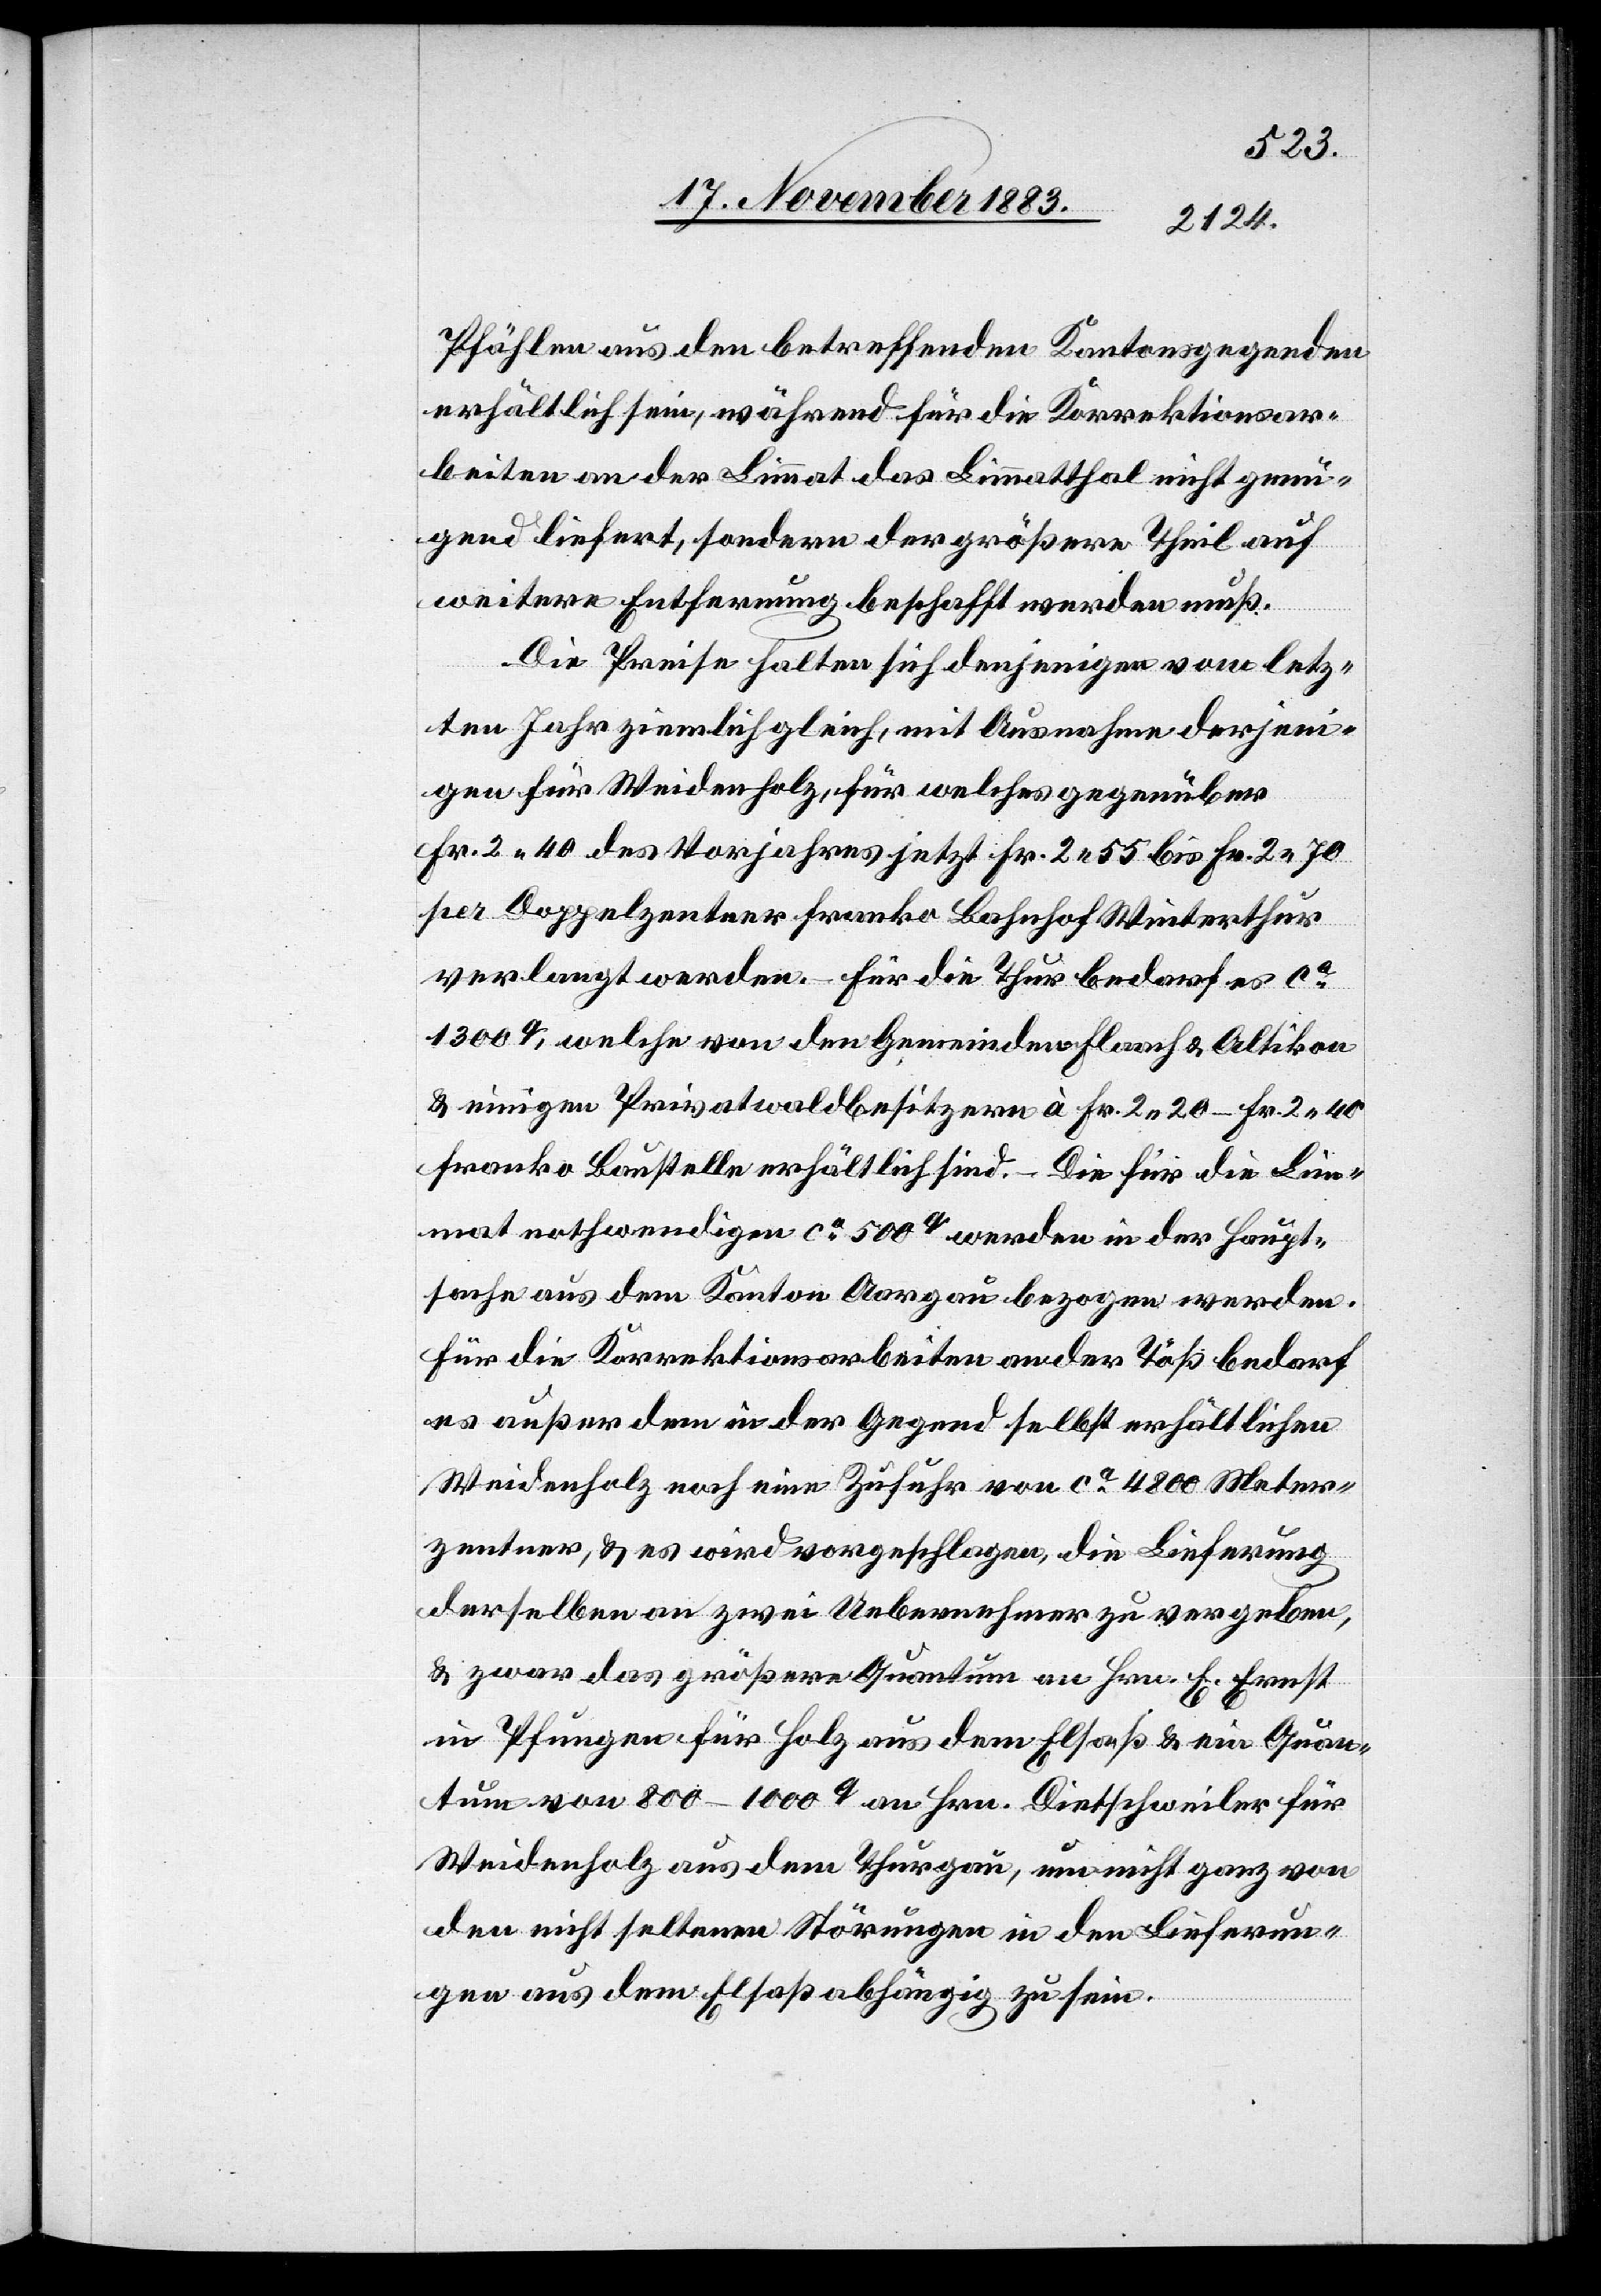
Pfählen aus den betreffenden Kantonsgegenden
erhältlich sein, während für die Korrektionsar¬
beiten an der Limmat das Limmatthal nicht genü¬
gend liefert, sondern der größere Theil auf
weitere Entfernung beschafft werden muß.
Die Preise halten sich denjenigen vom letz¬
ten Jahr ziemlich gleich, mit Ausnahme derjeni¬
gen für Weidenholz, für welches gegenüber
Fr. 2 40 des Vorjahres jetzt Fr. 2 55 bis Fr. 2 70
per Doppelzentner franko Bahnhof Winterthur
verlangt werden. Für die Thur bedarf es ca
1300q, welche von der Gemeinden Flaach & Altikon
& einigen Privatwaldbesitzer à Fr. 2 20–Fr. 2 40
franko Baustelle erhältlich sind. – Die für die Lim¬
mat nothwendigen ca 500q werden in der Haupt¬
sache aus dem Kanton Aargau bezogen werden.
Für die Korrektionsarbeiten an der Töß bedarf
es außer dem in der Gegend selbst erhältlichen
Weidenholz noch eine Zufuhr von ca 4800 Meter¬
zentner, & es wird vorgeschlagen, die Lieferung
derselben an zwei Uebernehmer zu vergeben,
& zwar das größere Quantum an Hrn. E. Ernst
in Pfungen für Holz aus dem Elsaß & ein Quan¬
tum von 800–1000q an Hrn. Dietschweiler für
Weidenholz aus dem Thurgau, um nicht ganz von
den nicht seltenen Störungen in den Lieferun¬
gen aus dem Elsaß abhängig zu sein.